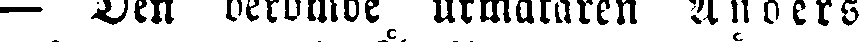
— Den berömde urmakaren Anders